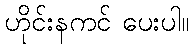
ဟိုင်းနကင် ပေးပါ။